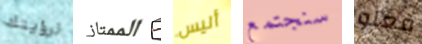
لرؤيتك الممتاز أليس سنجتمع فعلو